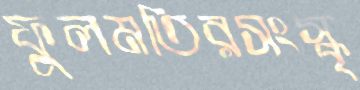
ফুলমতিরসংস্কৃ